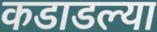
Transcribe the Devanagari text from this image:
कडाडल्या